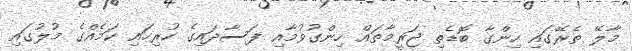
މާލޭ ތެރޭގައި ހިންގާ ބޮޑެތި ޖަރީމާތައް ހިންގުވުމާއި ފަސާދައިގެ ހުރިހައި ކަމެއްގެ މުލުގައި